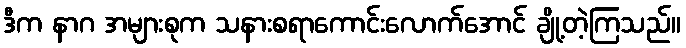
ဒီက နာဂ အများစုက သနားစရာကောင်းလောက်အောင် ချို့တဲ့ကြသည်။